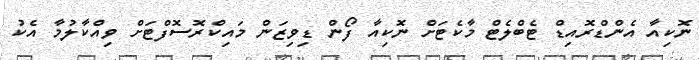
ނޮކިއާ އެންޑްރޮއިޑް ޓެބްލެޓް މާކެޓަށް ނޮކިއާ ފޯން ޑިވިޒަން މައިކްރޮސޮފްޓަށް ވިއްކާލުމާ އެކު